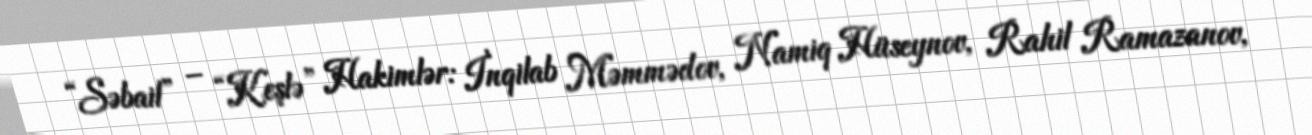
“Səbail” – “Keşlə” Hakimlər: İnqilab Məmmədov, Namiq Hüseynov, Rahil Ramazanov,